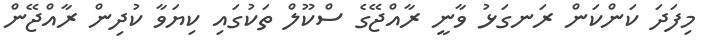
މިފަދަ ކަންކަން ރަނގަޅު ވާނީ ރާއްޖޭގެ ސްކޫލް ތަކުގައި ކިޔަވާ ކުދިން ރާއްޖޭން